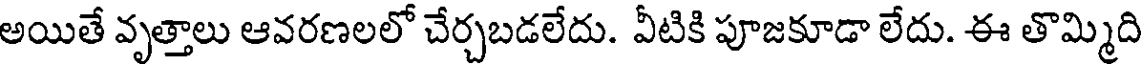
అయితే వృత్తాలు ఆవరణలలో చేర్చబడలేదు. వీటికి పూజకూడా లేదు. ఈ తొమ్మిది